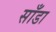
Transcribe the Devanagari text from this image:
साँडा